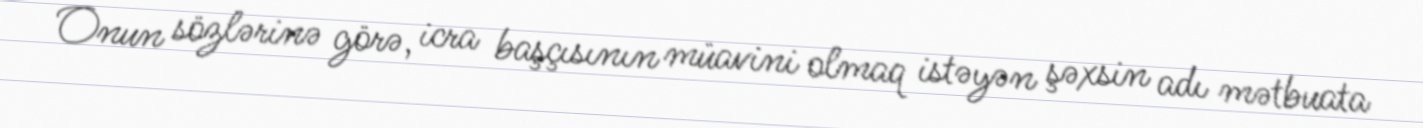
Onun sözlərinə görə, icra başçısının müavini olmaq istəyən şəxsin adı mətbuata